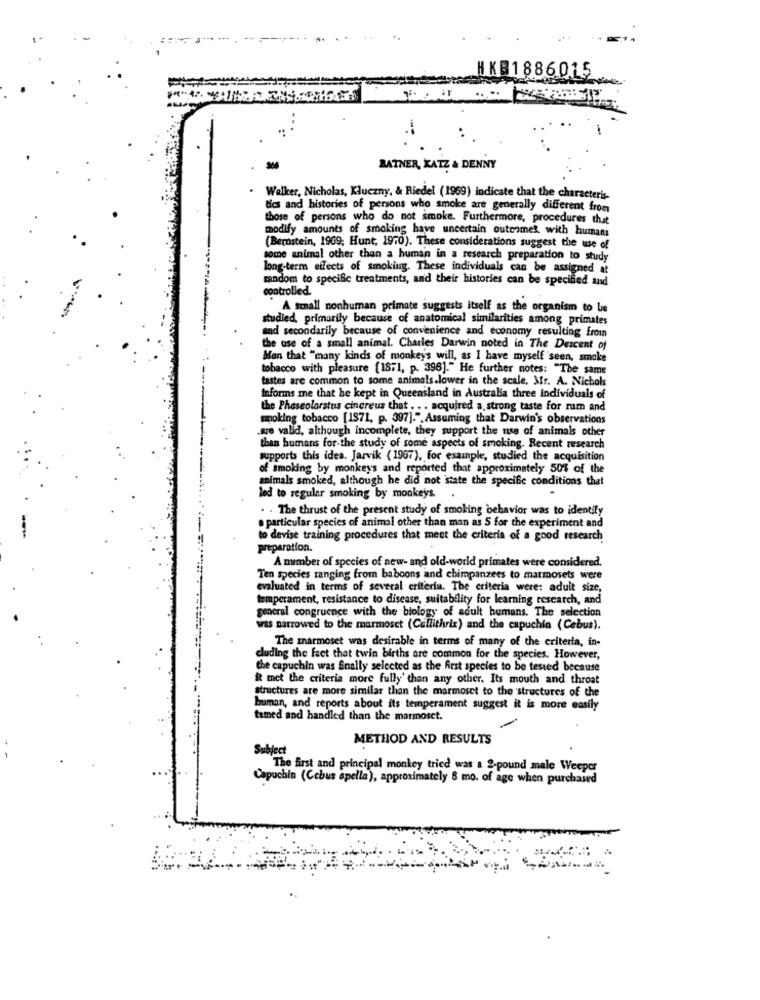
HKB1886015
BATNER, KATZ & DENNY
Welker, Nicholas, Kluczny, & Riedel (1969) indicate that the characteris-
tics and histories of persons who smoke are generally different from
those of persons who do not smoke. Furthermore, procedures that
modify amounts of smoking have uncertain outcomes with humans
(Bernstein, 1969; Hunt, 1970). These considerations suggest the use of
some animal other than a human in a research preparation to study
long-term effects of smoking. These individuals can be assigned at
random to specific treatments, and their histories can be specified and
controlled.
A small nonhuman primate suggests itself as the organism to be
studied, primarily because of anatomical similarities among primates
and secondarily because of convenience and economy resulting from
the use of a small animal. Charles Darwin noted in The Descent of
Man that "many kinds of monkey's will, as I have myself seen, smoke
tobacco with pleasure [1871, p. 396]." He further notes: "The same
tastes are common to some animals.lower in the scale. Mr. A. Nichols
Informs me that he kept in Queensland in Australia three individuals of
the Phescolarstus cinereus that . . . acquired a, strong taste for ram and
smoking tobacco [1971, p. 397].", Assuming that Darwin's observations
.sre valid, although incomplete, they support the use of animals other
than humans for the study of some aspects of smoking. Recent research
supports this idea. Jarvik (1967), for example, studied the acquisition
of smoking by monkeys and reported that approximately 50% of the
animals smoked, although he did not state the specific conditions that
led to regular smoking by monkeys.
.
. . The thrust of the present study of smoking behavior was to identify
. particular species of animal other than man as S for the experiment and
to devise training procedures that meet the criteria of a good research
preparation.
A member of species of new- and old-world primates were considered.
Ten species ranging from baboons and chimpanzees to marmosets were
evaluated in terms of several criteria. The criteria were: adult size,
temperament, resistance to disease, suitability for learning research, and
general congruence with the biology of adult humans. The selection
was narrowed to the marmoset (Callithrix) and the capuchin (Cebus).
The marmoset was desirable in terms of many of the criteria, in-
cluding the fact that twin births are common for the species. However,
Che capuchin was finally selected as the first species to be tested because
it met the criteria more fully' than any other. Its mouth and throat
structures are more similar than the marmoset to the structures of the
bruman, and reports about its temperament suggest it is more easily
tamed and handled than the marmoset.
METHOD AND RESULTS
Subject
The first and principal monkey tried was a 2-pound male Weeper
Capuchin (Ccbus apella), approximately 8 mo. of age when purchased